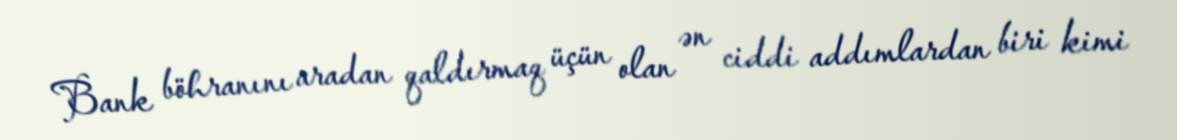
Bank böhranını aradan qaldırmaq üçün olan ən ciddi addımlardan biri kimi